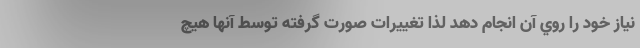
نیاز خود را روي آن انجام دهد لذا تغییرات صورت گرفته توسط آنها هیچ